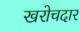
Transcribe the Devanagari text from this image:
खरोचदार